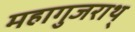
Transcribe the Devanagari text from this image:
महागुजराथ्